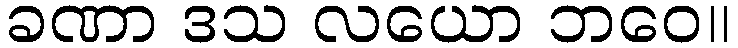
ခဏာ ဒသ လယော ဘဝေ။